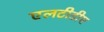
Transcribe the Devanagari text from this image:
एलटीडीए